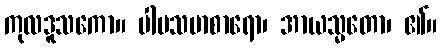
ကုလဒူသကော။ ပါပသမာစာရော၊ အာယသ္မတော၊ ၏။